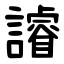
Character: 䜜